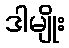
ဒါမျိုး